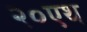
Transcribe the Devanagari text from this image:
२०एथ